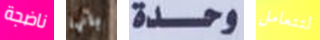
ناضجة بانها وحدة لتتعامل